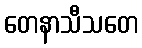
တေနာသီသတေ